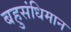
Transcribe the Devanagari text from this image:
बहुसंधिमान